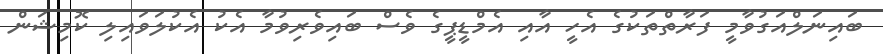
ބައިނަލްއަގުވާމީ ފަރާތްތަކުގެ އެހީ އާއި އެމްޑީޕީގެ ވެސް ބައިވެރިވުމާ އެކު އެކުލަވައިލި ކޮމިޝަން